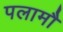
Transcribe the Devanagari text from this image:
पलामौ